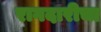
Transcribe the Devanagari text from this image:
रागदारीचा